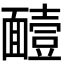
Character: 𮧑